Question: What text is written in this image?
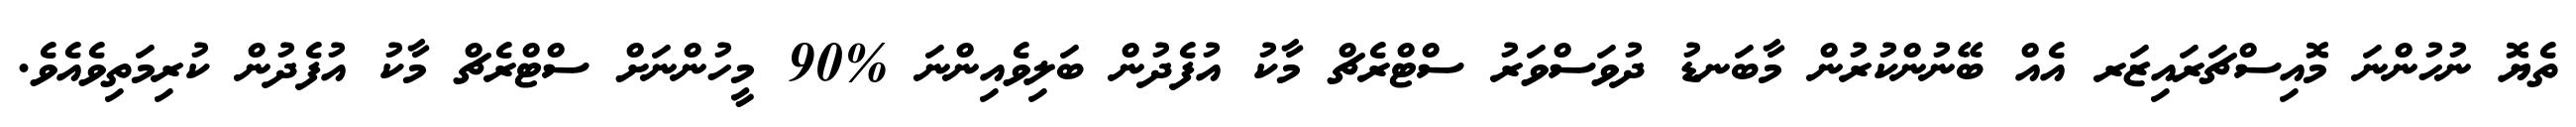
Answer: ތެޔޮ ނުހުންނަ މޮއިސްޗަރައިޒަރ އެއް ބޭނުންކުރުން މާބަނޑު ދުވަސްވަރު ސްޓްރެޗް މާކު އުފެދުން ބަލިވެއިންނަ %90 މީހުންނަށް ސްޓްރެޗް މާކު އުފެދުން ކުރިމަތިވެއެވެ.